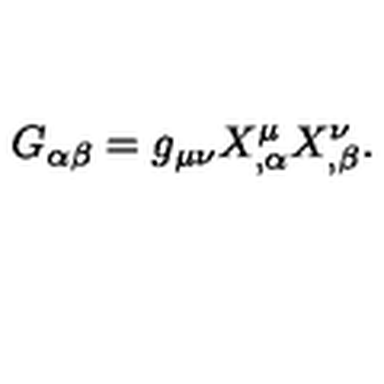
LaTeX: G _ { \alpha \beta } = g _ { \mu \nu } X _ { , \alpha } ^ { \mu } X _ { , \beta } ^ { \nu } .